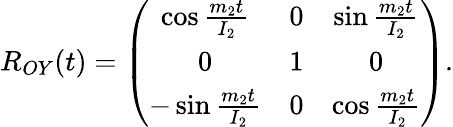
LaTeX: \begin{array}{r}{R_{OY}(t)=\left(\begin{array}{ccc}{\cos\frac{m_{2}t}{I_{2}}}&{0}&{\sin\frac{m_{2}t}{I_{2}}}\\ {0}&{1}&{0}\\ {-\sin\frac{m_{2}t}{I_{2}}}&{0}&{\cos\frac{m_{2}t}{I_{2}}}\end{array}\right).}\end{array}